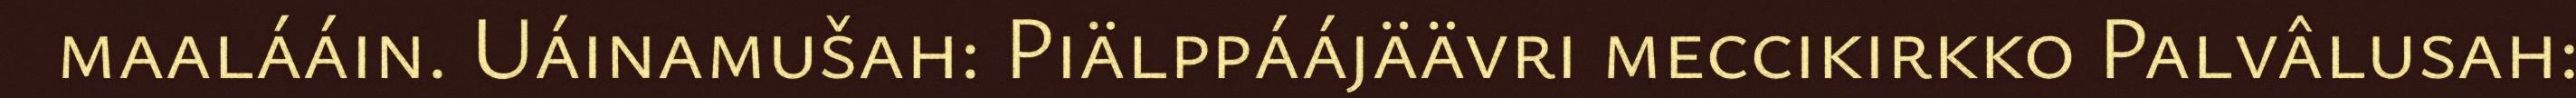
maalááin. Uáinamušah: Piälppáájäävri meccikirkko Palvâlusah: